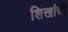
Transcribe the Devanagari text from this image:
शिखांची